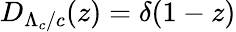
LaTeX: D_{\Lambda_{c}/c}(z)=\delta(1-z)